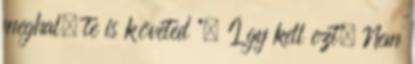
meghal, te is követed ”. Így kell ezt. Nem